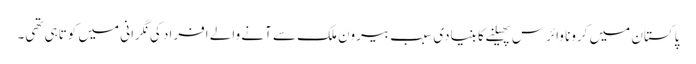
پاکستان میں کرونا وائرس پھیلنے کا بنیادی سبب بیرون ملک سے آنے والے افراد کی نگرانی میں کوتاہی تھی۔